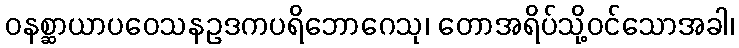
ဝနစ္ဆာယာပဝေသနဥဒကပရိဘောဂေသု၊ တောအရိပ်သို့ဝင်သောအခါ၊